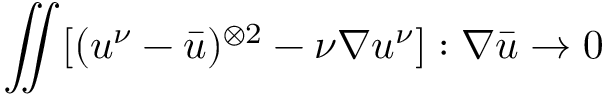
\iint [ ( u ^ { \nu } - \bar { u } ) ^ { \otimes 2 } - \nu \nabla u ^ { \nu } ] : \nabla \bar { u } \to 0